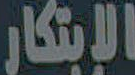
الابتكار